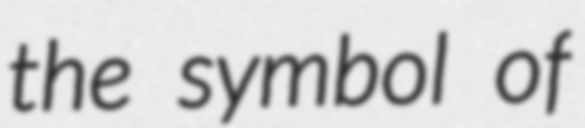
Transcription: the symbol of